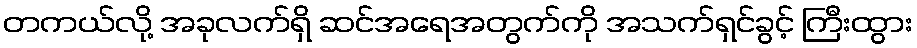
တကယ်လို့ အခုလက်ရှိ ဆင်အရေအတွက်ကို အသက်ရှင်ခွင့် ကြီးထွား